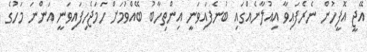
އޭޖީ އޮފީހުން ނެރެފައިވާ އިއުލާނެއްގައި ބުނެފައިވަނީ އިންތިހާބު ބޭއްވުމަށް ހަމަޖެހިފައިވަނީ އަންނަ މަހުގެ